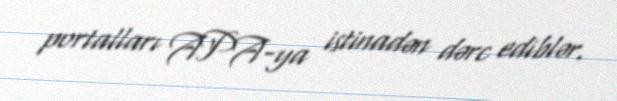
portalları APA-ya istinadən dərc ediblər.